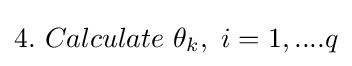
\textstyle 4.\ Calculate\ \theta _{k},\ i=1,....q